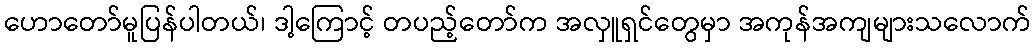
ဟောတော်မူပြန်ပါတယ်၊ ဒါ့ကြောင့် တပည့်တော်က အလှူရှင်တွေမှာ အကုန်အကျများသလောက်